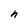
Character: n